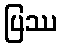
ပြဿ